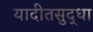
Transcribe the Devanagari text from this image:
यादीतसुद्धा